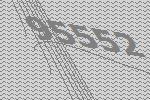
95552